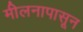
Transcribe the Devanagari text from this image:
मीलनापासून